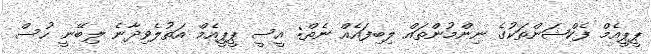
ޕީޕީއެމް ފެކްޝަންތަކުގެ ނިންމުންތައް ލިބިފައެއް ނެތް: އީސީ ޕީޕީއެމް އަތުލެވިދާނެ ލިބޭނީ ހުސް